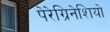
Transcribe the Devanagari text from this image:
पेरेग्रिनेशियो